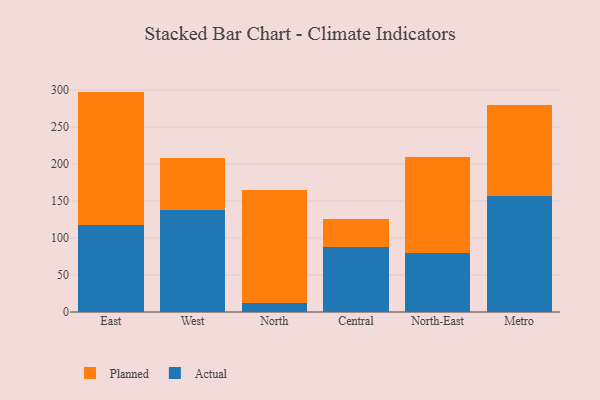
{"axis": {"x": "Region", "y": "Satisfaction Score"}, "legend": ["Actual", "Planned"], "data": [{"x": "East", "y": 118.0, "type": "Actual"}, {"x": "East", "y": 179.9, "type": "Planned"}, {"x": "West", "y": 137.5, "type": "Actual"}, {"x": "West", "y": 71.3, "type": "Planned"}, {"x": "North", "y": 12.2, "type": "Actual"}, {"x": "North", "y": 152.1, "type": "Planned"}, {"x": "Central", "y": 87.3, "type": "Actual"}, {"x": "Central", "y": 38.2, "type": "Planned"}, {"x": "North-East", "y": 79.4, "type": "Actual"}, {"x": "North-East", "y": 130.4, "type": "Planned"}, {"x": "Metro", "y": 157.0, "type": "Actual"}, {"x": "Metro", "y": 122.6, "type": "Planned"}]}